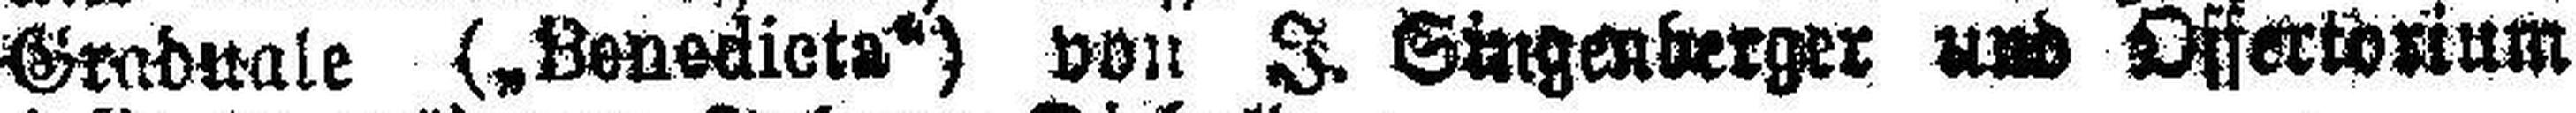
Graduale („Benedicta“) von J. Singenberger und Offertorium